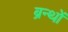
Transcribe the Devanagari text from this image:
ब्रन्थों